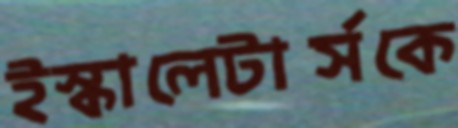
ইস্কালেটার্সকে